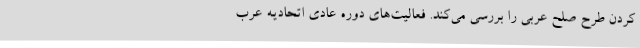
کردن طرح صلح عربی را بررسی می‌کند. فعالیت‌های دوره عادی اتحادیه عرب